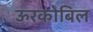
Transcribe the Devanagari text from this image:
ऊरकोबिल